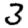
Digit: 3